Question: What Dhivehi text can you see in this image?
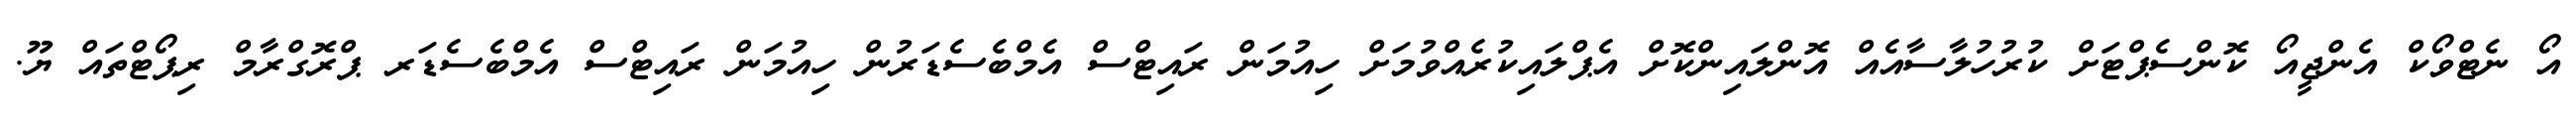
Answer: އޯ ނެޓްވޯކް އެންޖީއޯ ކޮންސެޕްޓަށް ކުރުހުލާސާއެއް އޮންލައިންކޮށް އެޕްލައިކުރެއްވުމަށް ހިއުމަން ރައިޓްސް އެމްބެސެޑަރުން ހިއުމަން ރައިޓްސް އެމްބެސެޑަރ ޕްރޮގްރާމް ރިޕޯޓްތައް ޔޫ.